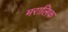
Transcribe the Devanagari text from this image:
मरालिक